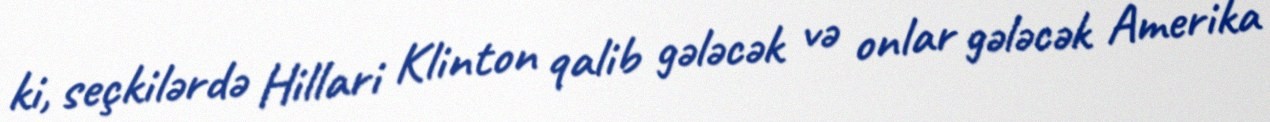
ki, seçkilərdə Hillari Klinton qalib gələcək və onlar gələcək Amerika